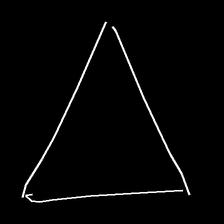
Glyph: convergence